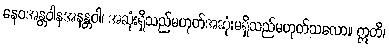
နေဝအန္တဝါနအနန္တဝါ၊ အဆုံးရှိသည်မဟုတ်အဆုံးမရှိသည်မဟုတ်သလော။ ဣတိ၊